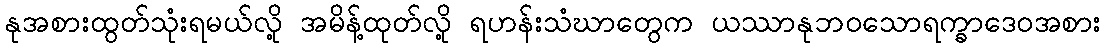
နုအစားထွတ်သုံးရမယ်လို့ အမိန့်ထုတ်လို့ ရဟန်းသံဃာတွေက ယဿာနုဘဝသောရက္ခာဒေဝအစား